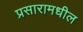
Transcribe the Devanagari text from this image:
प्रसारामधील